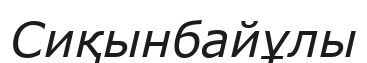
Сиқынбайұлы